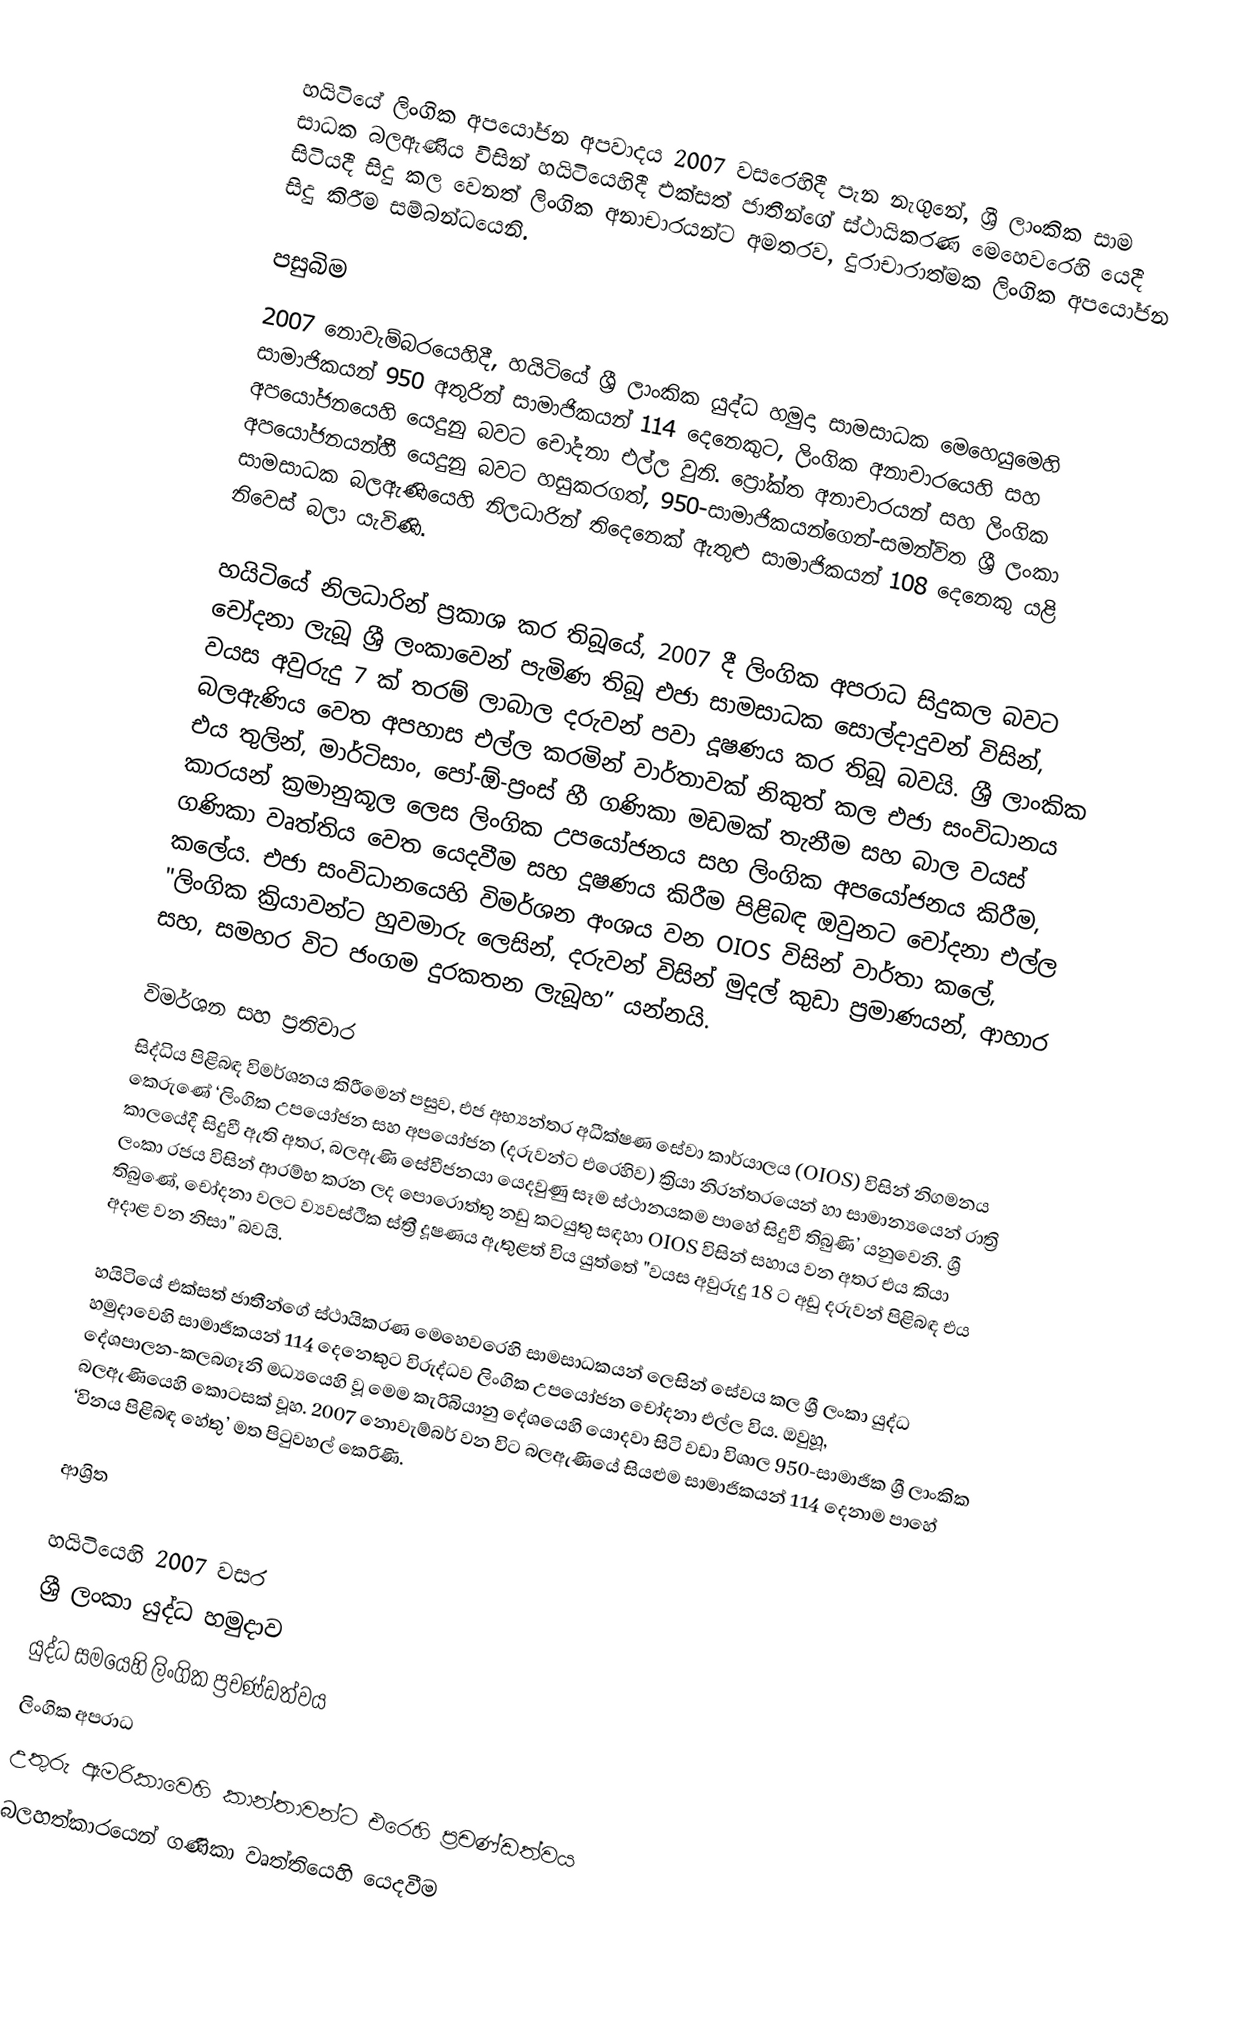
හයිටියේ ලිංගික අපයෝජන අපවාදය 2007 වසරෙහිදී පැන නැගුනේ, ශ්‍රී ලාංකික සාම සාධක බලඇණිය විසින් හයිටියෙහිදී  එක්සත් ජාතීන්ගේ  ස්ථායිකරණ මෙහෙවරෙහි යෙදී සිටියදී සිදු කල වෙනත් ලිංගික අනාචාරයන්ට අමතරව, දුරාචාරාත්මක ලිංගික අපයෝජන සිදු කිරීම  සම්බන්ධයෙනි.

පසුබිම
2007 නොවැම්බරයෙහිදී, හයිටියේ   ශ්‍රී ලාංකික යුද්ධ හමුදා සාමසාධක මෙහෙයුමෙහි සාමාජිකයන් 950 අතුරින් සාමාජිකයන් 114 දෙනෙකුට, ලිංගික අනාචාරයෙහි සහ අපයෝජනයෙහි යෙදුනු බවට චෝදනා එල්ල වුනි. ප්‍රෝක්ත අනාචාරයන් සහ ලිංගික අපයෝජනයන්හී යෙදුනු බවට හසුකරගත්,  950-සාමාජිකයන්ගෙන්-සමන්විත ශ්‍රී ලංකා සාමසාධක බලඇණියෙහි නිලධාරින් තිදෙනෙක් ඇතුළු සාමාජිකයන් 108 දෙනෙකු යළි නිවෙස් බලා යැවිණි.

හයිටියේ නිලධාරින් ප්‍රකාශ කර තිබූයේ, 2007 දී ලිංගික අපරාධ සිදුකල බවට චෝදනා ලැබූ ශ්‍රී ලංකාවෙන් පැමිණ තිබූ එජා සාමසාධක සොල්දාදුවන් විසින්, වයස අවුරුදු 7 ක් තරම් ලාබාල  දරුවන් පවා දූෂණය කර තිබූ බවයි.  ශ්‍රී ලාංකික බලඇණිය වෙත අපහාස එල්ල කරමින් වාර්තාවක් නිකුත් කල එජා සංවිධානය එය තුලින්,  මාර්ටිසාං, පෝ-ඕ-ප්‍රංස් හී ගණිකා මඩමක් තැනීම සහ බාල වයස් කාරයන් ක්‍රමානුකූල ලෙස ලිංගික උපයෝජනය සහ  ලිංගික අපයෝජනය කිරීම, ගණිකා වෘත්තිය වෙත යෙදවීම සහ දූෂණය කිරීම පිළිබඳ ඔවුනට චෝදනා එල්ල කලේය. එජා සංවිධානයෙහි විමර්ශන අංශය වන OIOS විසින් වාර්තා කලේ,  "ලිංගික ක්‍රියාවන්ට හුවමාරු ලෙසින්, දරුවන් විසින් මුදල් කුඩා ප්‍රමාණයන්, ආහාර සහ, සමහර විට ජංගම දුරකතන ලැබූහ”  යන්නයි.

විමර්ශන සහ ප්‍රතිචාර
සිද්ධිය පිළිබඳ විමර්ශනය කිරීමෙන් පසුව, එජ  අභ්‍යන්තර අධීක්ෂණ සේවා කාර්යාලය (OIOS) විසින් නිගමනය කෙරුණේ ‘ලිංගික උපයෝජන සහ අපයෝජන (දරුවන්ට එරෙහිව) ක්‍රියා නිරන්තරයෙන් හා සාමාන්‍යයෙන් රාත්‍රි කාලයේදී සිදුවී ඇති අතර, බලඇණි සේවීජනයා යෙදවුණු සෑම ස්ථානයකම පාහේ  සිදුවී තිබුණි’ යනුවෙනි. ශ්‍රී ලංකා රජය විසින් ආරම්භ කරන ලද පොරොත්තු නඩු කටයුතු සඳහා  OIOS විසින් සහාය වන අතර එය කියා තිබුණේ, චෝදනා වලට ව්‍යවස්ථික ස්ත්‍රී දූෂණය ඇතුළත් විය යුත්තේ "වයස අවුරුදු 18 ට අඩු දරුවන් පිළිබඳ එය අදාළ වන නිසා" බවයි.

හයිටියේ එක්සත් ජාතීන්ගේ  ස්ථායිකරණ මෙහෙවරෙහි සාමසාධකයන් ලෙසින් සේවය කල ශ්‍රී ලංකා යුද්ධ හමුදාවෙහි සාමාජිකයන් 114 දෙනෙකුට විරුද්ධව ලිංගික උපයෝජන චෝදනා එල්ල විය. ඔවුහූ, දේශපාලන-කලබගෑනි මධ්‍යයෙහි වූ මෙම කැරිබියානු දේශයෙහි යොදවා සිටි වඩා විශාල 950-සාමාජික ශ්‍රී ලාංකික බලඇණියෙහි කොටසක් වූහ. 2007 නොවැම්බර් වන විට බලඇණියේ සියළුම සාමාජිකයන් 114 දෙනාම පාහේ ‘විනය පිළිබඳ හේතු’ මත පිටුවහල් කෙරිණි.

ආශ්‍රිත

හයිටියෙහි 2007 වසර
ශ්‍රී ලංකා යුද්ධ හමුදාව
යුද්ධ සමයෙහි ලිංගික ප්‍රචණ්ඩත්වය
ලිංගික අපරාධ
උතුරු ඇමරිකාවෙහි කාන්තාවන්ට එරෙහි ප්‍රචණ්ඩත්වය
බලහත්කාරයෙන් ගණිකා වෘත්තියෙහි යෙදවීම